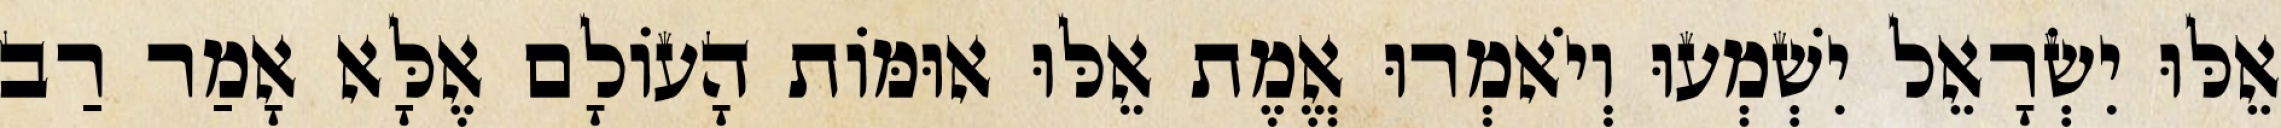
אֵלּוּ יִשְׂרָאֵל יִשְׁמְעוּ וְיֹאמְרוּ אֱמֶת אֵלּוּ אוּמּוֹת הָעוֹלָם אֶלָּא אָמַר רַב